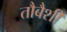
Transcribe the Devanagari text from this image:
तौबैशी